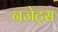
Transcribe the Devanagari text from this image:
नजेट्स